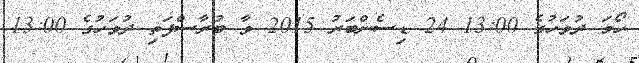
ހޯމަ ދުވަހުގެ 13:00 24 ޑިސެންބަރު 2015 ވާ ބުރާސްފަތި ދުވަހުގެ 13:00